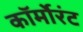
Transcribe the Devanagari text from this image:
कॉर्मोरंट